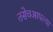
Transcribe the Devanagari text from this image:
तसेचआपल्या